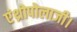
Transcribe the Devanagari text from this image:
एंथ्रोपोलाजी।